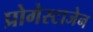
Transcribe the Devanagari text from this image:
प्रोगेस्टाजेन